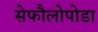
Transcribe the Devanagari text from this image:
सेफौलोपोडा